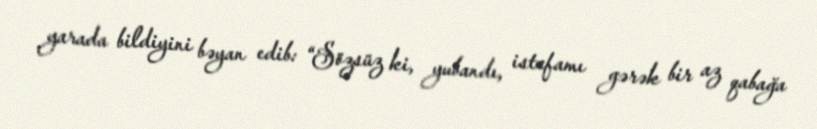
yarada bildiyini bəyan edib: “Sözsüz ki, yubandı, istefamı gərək bir az qabağa